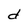
Character: d